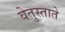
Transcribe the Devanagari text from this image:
वेतुस्ताते